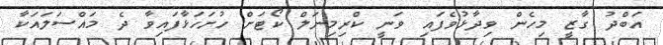
އަބްދު ގާޒީ މިހެން ވިދާޅުވެފައި ވަަނީ ކްރިމިނަލް ކޯޓަށް ހުށަހަޅާފައިވާ ދެ މައްސަލައަކާ